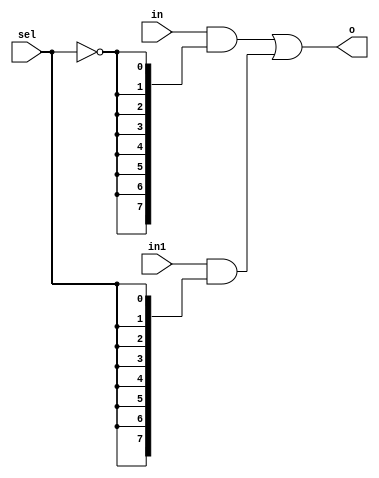
`timescale 1ns / 1ps
//////////////////////////////////////////////////////////////////////////////////
// Company: 
// Engineer: 
// 
// Design Name: 
// Module Name: m2_1x8
// Project Name: 
// Target Devices: 
// Tool Versions: 
// Description: 
// 
// Dependencies: 
// 
// Revision:
// Revision 0.01 - File Created
// Additional Comments:
// 
//////////////////////////////////////////////////////////////////////////////////


module m2_1x8(
input [7:0] in,
input [7:0] in1,
input sel,
output [7:0] o
 );
assign o = (in & {8{~sel}}) | (in1 & {8{sel}});
endmodule